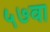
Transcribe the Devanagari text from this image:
५७वा